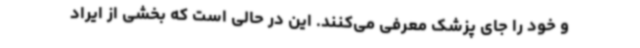
و خود را جای پزشک معرفی می‌کنند. این در حالی است که بخشی از ایراد